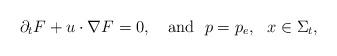
LaTeX: \begin{align*}\partial_tF+u\cdot \nabla F=0,~~~\mbox{and}~~p=p_e,~~x\in\Sigma_t,\end{align*}